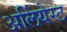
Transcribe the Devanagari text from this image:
अर्लियेस्ट